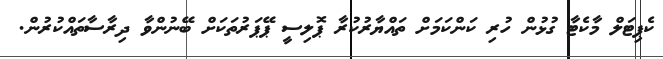
ކެޕިޓަލް މާކެޓާ ގުޅުން ހުރި ކަންކަމަށް ތައްޔާރުކުރާ ޕޮލިސީ ޕޭޕަރުތަކަށް ބޭނުންވާ ދިރާސާތައްކުރުން.